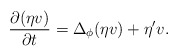
\begin{align*} \frac{\partial (\eta v)}{\partial t}=\Delta_{\phi}(\eta v)+\eta^{\prime}v. \end{align*}